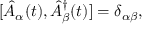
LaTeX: [ \hat { A } _ { \alpha } ( t ) , \hat { A } _ { \beta } ^ { \dagger } ( t ) ] = \delta _ { \alpha \beta } ,